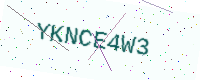
Text: YKNCE4W3